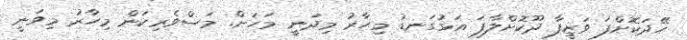
ހޭދަކޮށްފަ ވަޒީފާ ދޫކޮށްލާފަ އަޅުގަނޑު މިހާރު މިދަނީ މަހަށް. މަސްވެރިކަން މިހާރު މިވަނީ